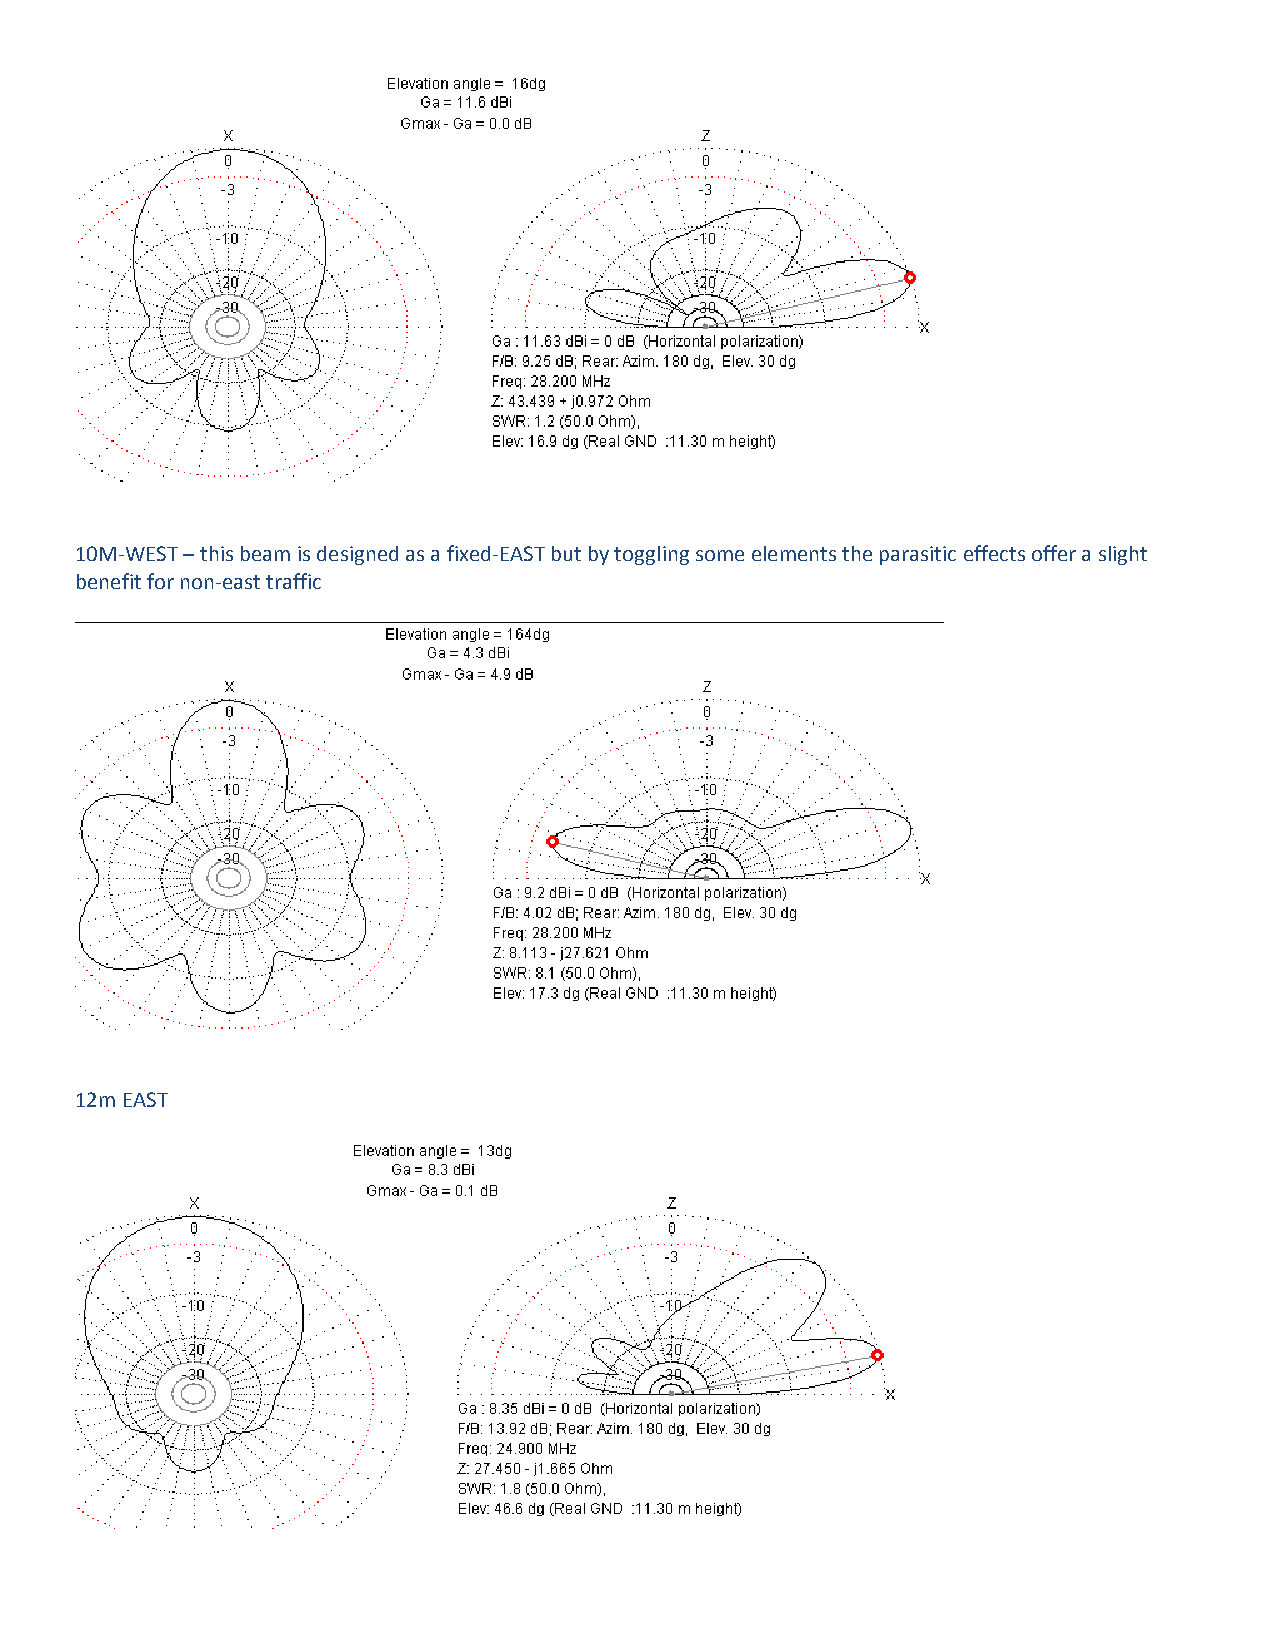
10M-WEST – this beam is designed as a fixed-EAST but by toggling some elements the parasitic effects offer a slight
 benefit for non-east traffic
 12m EAST